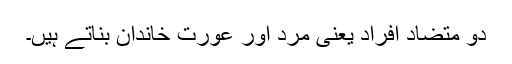
دو متضاد افراد یعنی مرد اور عورت خاندان بناتے ہیں۔